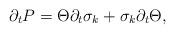
LaTeX: \begin{align*}\partial_{t}P=\Theta \partial_{t}\sigma_{k}+\sigma_{k}\partial_{t}\Theta,\end{align*}